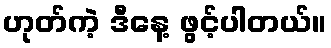
ဟုတ်ကဲ့ ဒီနေ့ ဖွင့်ပါတယ်။